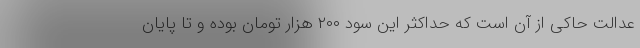
عدالت حاکی از آن است که حداکثر این سود ۲۰۰ هزار تومان بوده و تا پایان